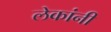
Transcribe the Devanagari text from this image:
लेकांनी